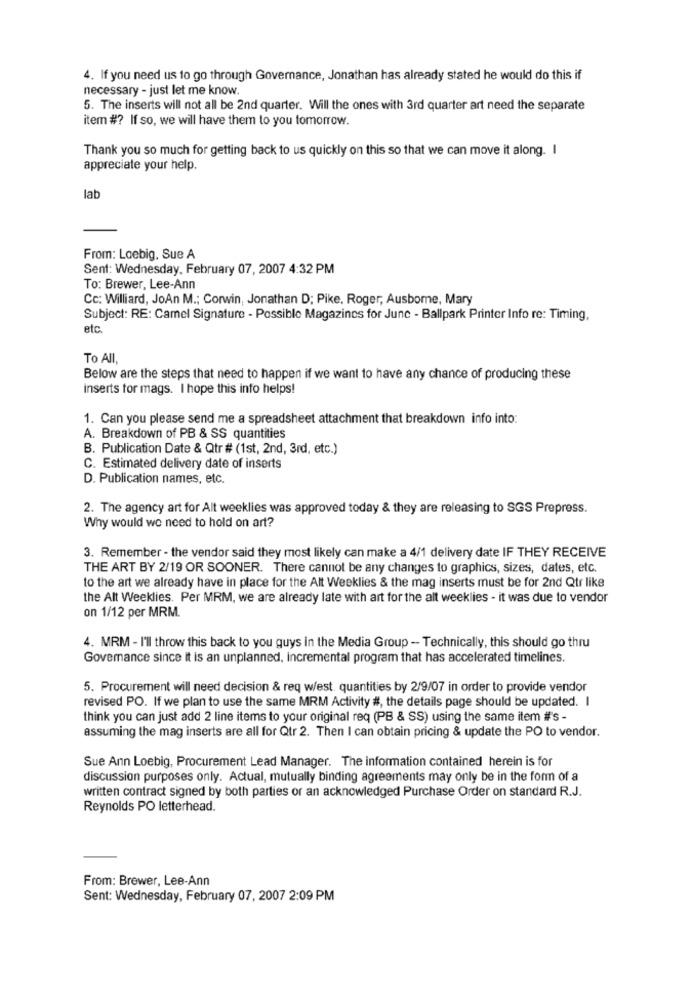
4. If you need us to go through Governance, Jonathan has already stated he would do this if
necessary - just let me know.
5. The inserts will not all be 2nd quarter. Will the ones with 3rd quarter art need the separate
item #? If so, we will have them to you tomorrow.
Thank you so much for getting back to us quickly on this so that we can move it along. I
appreciate your help.
lab
From: Loebig, Sue A
Sent: Wednesday, February 07, 2007 4:32 PM
To: Brewer, Lee-Ann
Cc: Williard, JoAn M .; Corwin, Jonathan D; Pike. Roger, Ausbome, Mary
Subject: RE: Camel Signature - Possible Magazines for June - Ballpark Printer Info re: Timing,
etc.
To All
Below are the steps that need to happen if we want to have any chance of producing these
inserts for mags. I hope this info helps!
1. Can you please send me a spreadsheet attachment that breakdown info into:
A. Breakdown of PB & SS quantities
B. Publication Date & Qtr # (1st, 2nd, 3rd, etc.)
C. Estimated delivery date of inserts
D. Publication names, etc.
2. The agency art for Alt weeklies was approved today & they are releasing to SGS Prepress.
Why would we need to hold on art?
3. Remember - the vendor said they most likely can make a 4/1 delivery date IF THEY RECEIVE
THE ART BY 2/19 OR SOONER. There cannot be any changes to graphics, sizes, dates, etc.
to the art we already have in place for the Alt Weeklies & the mag inserts must be for 2nd Qtr like
the Alt Weeklies. Per MRM, we are already late with art for the alt weeklies - it was due to vendor
on 1/12 per MRM.
4. MRM - I'll throw this back to you guys in the Media Group - Technically, this should go thru
Governance since it is an unplanned, incremental program that has accelerated timelines.
5. Procurement will need decision & req west quantities by 2/9/07 in order to provide vendor
revised PO. If we plan to use the same MRM Activity #, the details page should be updated. I
think you can just add 2 line items to your original req (PB & SS) using the same item #'s -
assuming the mag inserts are all for Qtr 2. Then I can obtain pricing & update the PO to vendor.
Sue Ann Loebig, Procurement Lead Manager. The information contained herein is for
discussion purposes only. Actual, mutually binding agreements may only be in the form of a
written contract signed by both parties or an acknowledged Purchase Order on standard R.J.
Reynolds PO letterhead.
From: Brewer, Lee-Ann
Sent: Wednesday, February 07, 2007 2:09 PM